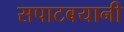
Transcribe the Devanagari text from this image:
सपाटबयानी